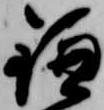
鎌